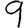
Digit: 9